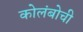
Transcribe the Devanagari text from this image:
कोलंबोची